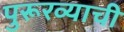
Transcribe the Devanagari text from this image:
पुरूरव्याची